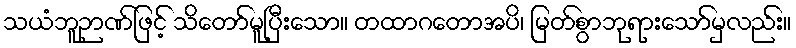
သယံဘူဉာဏ်ဖြင့် သိတော်မူပြီးသော။ တထာဂတောအပိ၊ မြတ်စွာဘုရားသော်မှလည်း။